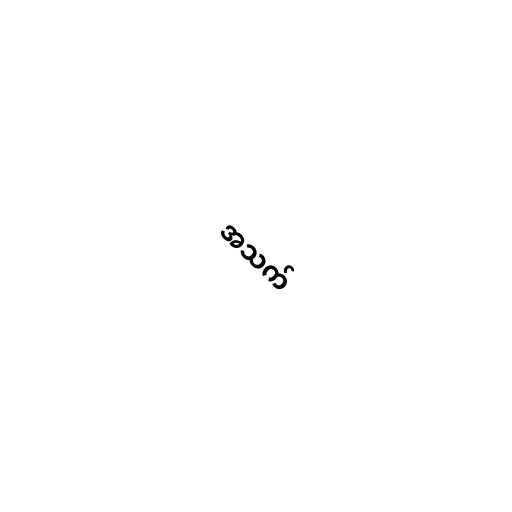
အသက်